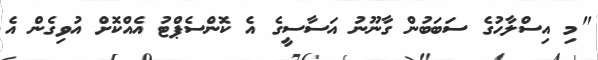
"މި އިސްލާހުގެ ސަބަބުން ގާނޫނު އަސާސީގެ އެ ކޮންސެޕްޓު އެއްކޮށް އުވިގެން އެ